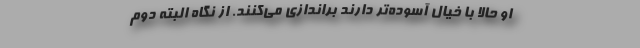
او حالا با خیال آسوده‌تر دارند براندازی می‌کنند. از نگاه البته دوم